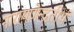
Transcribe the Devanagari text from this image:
नारायणेन्द्रतीर्थ